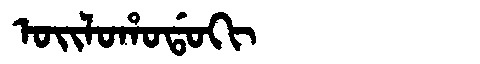
Manchu: ᠣᡳᠯᠣᡥᠣᡩᠣᡴᡳ
Romanization: OILOHODOKI